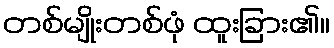
တစ်မျိုးတစ်ဖုံ ထူးခြား၏။